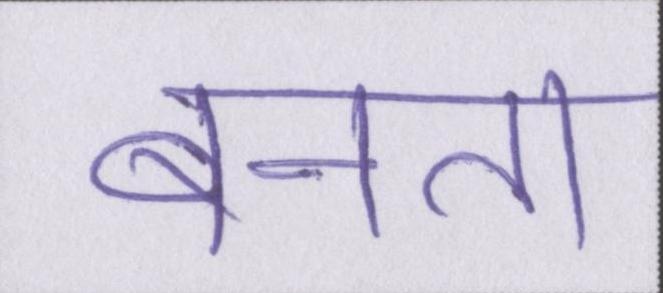
बनता